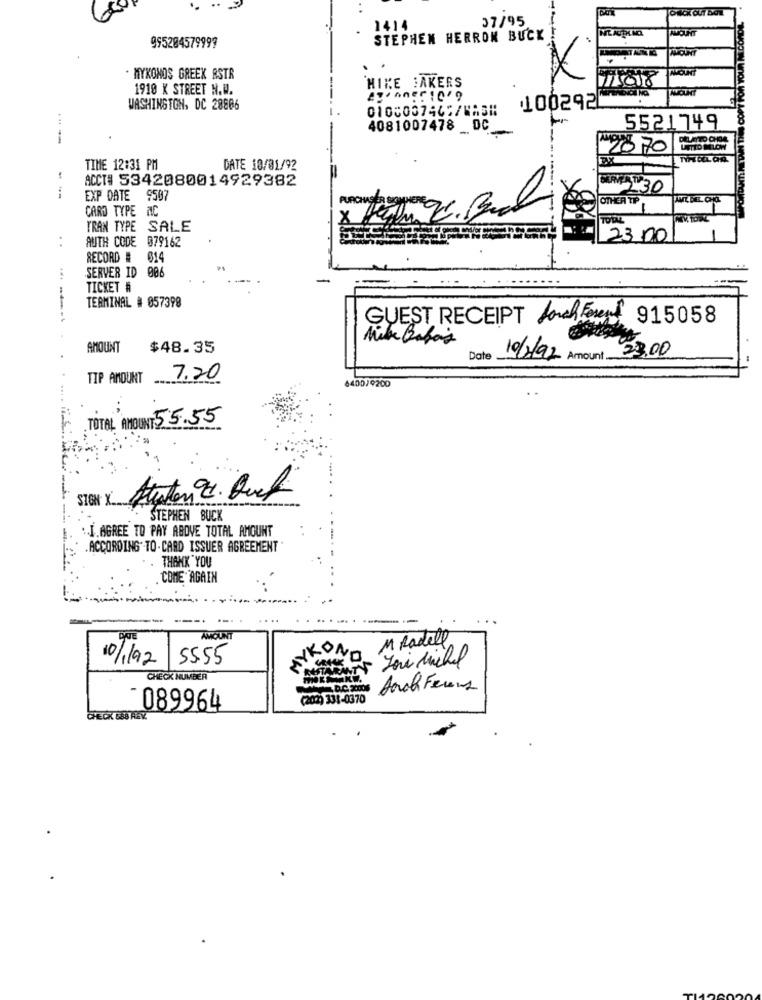
37/95
1414
AMOUNT
995284579999
STEPHEN HERRON BUCK
X
MYKONOS GREEK RSTR
1910 K STREET H.W.
MIKE BAKERS
MOUNT
ggionering
WASHINGTON, DC 28806
0100037462/MA5#
100292
4081007478 0C_
5521749
---
20 70
EX
TIME 12:31 PM
DATE 10/01/92
ACCT# 5342080014929382
--
EXP DATE 9507
OTHER TIP
CARD TYPE AC
TRAN TYPE SALE
AUTH CODE 079162
23 .00
RECORD # 014
SERVER ID 006
TICKET #
TERMINAL # 057398
GUEST RECEIPT Lorch Foreal 915058
Mike Babas
AMOUNT
$48.35
Date
10/2/92 Amount
une 23.00
TIP AMOUNT
7.20
6400/9200
TOTAL AMOUNT 55.55
.... ....
SIGN X __
STEPHEN BUCK
.. I.AGREE TO PAY ABOVE TOTAL AMOUNT
ACCORDING" -TO-CARD ISSUER AGREEMENT
THANK YOU
COME AGAIN
DATE
AMOUNT
M Radell
MYK
10/192
55.55
WYKONA
Was Your Michel
CHECK NUMBER
Aarch Ferens
(202) 331-0370
089964
CHECK 668 REY.